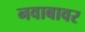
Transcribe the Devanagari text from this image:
नवाबावर